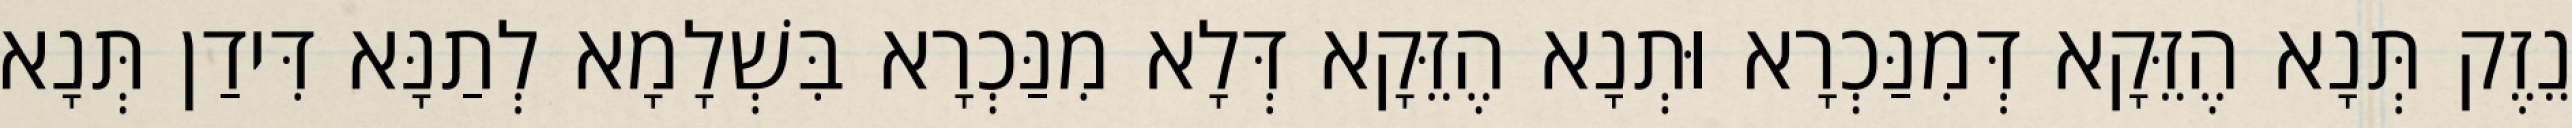
נֵזֶק תְּנָא הֶזֵּקָא דְּמִנַּכְרָא וּתְנָא הֶזֵּקָא דְּלָא מִנַּכְרָא בִּשְׁלָמָא לְתַנָּא דִּידַן תְּנָא